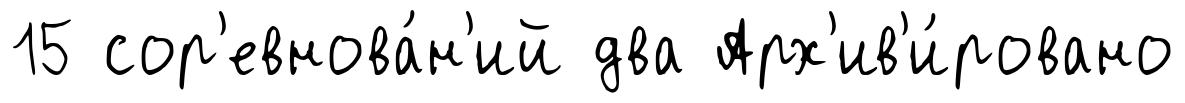
15 сор'евнова́н'ий два Арх'ив'и́ровано